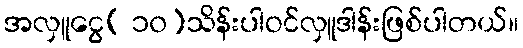
အလှူငွေ( ၁၀)သိန်းပါဝင်လှူဒါန်းဖြစ်ပါတယ်။